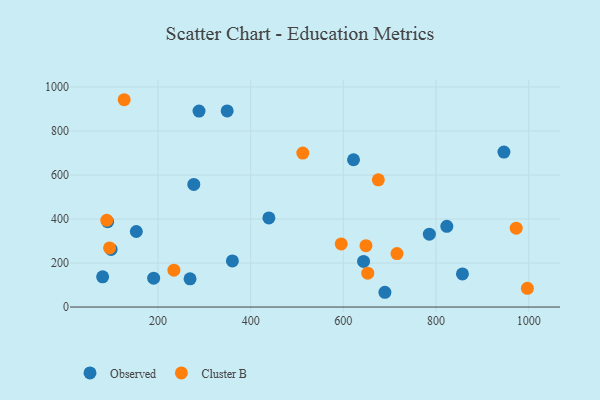
{"axis": {"x": "Distance", "y": "Profit"}, "legend": ["Cluster B", "Observed"], "data": [{"x": "153.3", "y": 343.3, "type": "Observed"}, {"x": "277.3", "y": 557.2, "type": "Observed"}, {"x": "349.3", "y": 891.1, "type": "Observed"}, {"x": "785.5", "y": 331.0, "type": "Observed"}, {"x": "91.4", "y": 387.8, "type": "Observed"}, {"x": "80.6", "y": 137.2, "type": "Observed"}, {"x": "621.9", "y": 669.3, "type": "Observed"}, {"x": "856.9", "y": 150.6, "type": "Observed"}, {"x": "269.2", "y": 128.4, "type": "Observed"}, {"x": "689.6", "y": 67.1, "type": "Observed"}, {"x": "98.9", "y": 261.8, "type": "Observed"}, {"x": "190.7", "y": 131.4, "type": "Observed"}, {"x": "439.3", "y": 405.2, "type": "Observed"}, {"x": "360.6", "y": 209.5, "type": "Observed"}, {"x": "643.6", "y": 207.5, "type": "Observed"}, {"x": "288.6", "y": 890.7, "type": "Observed"}, {"x": "946.4", "y": 704.4, "type": "Observed"}, {"x": "823.2", "y": 367.0, "type": "Observed"}, {"x": "95.6", "y": 268.8, "type": "Cluster B"}, {"x": "89.5", "y": 394.4, "type": "Cluster B"}, {"x": "234.4", "y": 167.4, "type": "Cluster B"}, {"x": "675.4", "y": 578.0, "type": "Cluster B"}, {"x": "127.1", "y": 942.2, "type": "Cluster B"}, {"x": "652.6", "y": 153.8, "type": "Cluster B"}, {"x": "648.8", "y": 278.8, "type": "Cluster B"}, {"x": "595.4", "y": 286.7, "type": "Cluster B"}, {"x": "512.5", "y": 699.9, "type": "Cluster B"}, {"x": "972.9", "y": 358.4, "type": "Cluster B"}, {"x": "997.0", "y": 85.1, "type": "Cluster B"}, {"x": "715.7", "y": 243.2, "type": "Cluster B"}]}